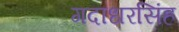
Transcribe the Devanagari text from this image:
गदाधरसिंह